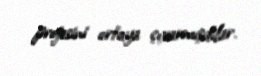
projesini ortaya çıxarmışdılar.